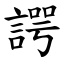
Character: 諤